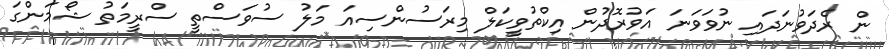
ން ރެދަވުނަދައި ނުވަވަނަ އަވުރޮދުން އިކްތުވީކަލް މިރަސުންސިއަ މަލު ސުވަސްތީ ސްރީމަތު ޝޯމަންގަ